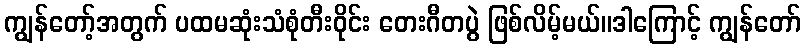
ကျွန်တော့်အတွက် ပထမဆုံးသံစုံတီးဝိုင်း တေးဂီတပွဲ ဖြစ်လိမ့်မယ်။ဒါကြောင့် ကျွန်တော်